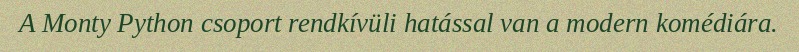
A Monty Python csoport rendkívüli hatással van a modern komédiára.